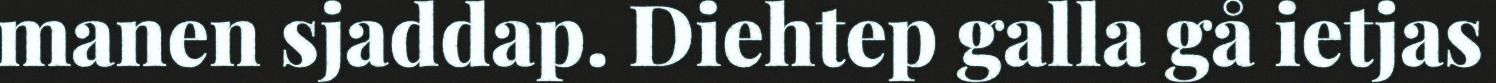
manen sjaddap. Diehtep galla gå ietjas